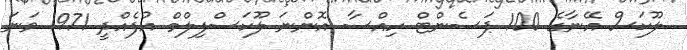
ލޫކަސް އޭނާގެ 100 ޕަސެންޓް ހިއްސާ އޮންނަ ލޫކަސްފިލްމް އުފެއްދީ 1971 ވަނަ